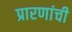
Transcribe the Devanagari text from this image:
प्रारणांची